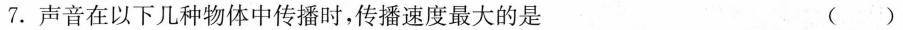
7.声音在以下几种物体中传播时，传播速度最大的是 ()